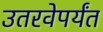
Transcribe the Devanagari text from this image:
उतरवेपर्यंत